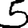
Digit: 5